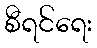
စီရင်ရေး